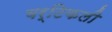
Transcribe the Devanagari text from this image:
वर्टिकली